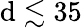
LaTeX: \mathrm{d}\lesssim35